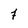
Character: 7